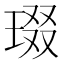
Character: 𱯇